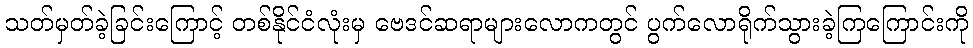
သတ်မှတ်ခဲ့ခြင်းကြောင့် တစ်နိုင်ငံလုံးမှ ဗေဒင်ဆရာများလောကတွင် ပွက်လောရိုက်သွားခဲ့ကြကြောင်းကို